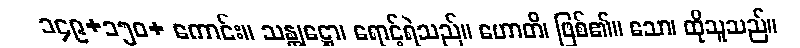
၁၄၉+၁၅၀+ ကောင်း။ သန္တုဋ္ဌော၊ ရောင့်ရဲသည်။ ဟောတိ၊ ဖြစ်၏။ သော၊ ထိုသူသည်။